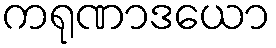
ကရုဏာဒယော